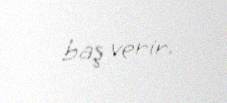
baş verir.